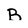
Character: B